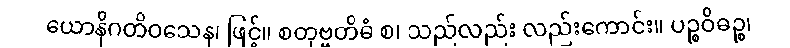
ယောနိဂတိဝသေန၊ ဖြင့်။ စတုဗ္ဗတိဓံ စ၊ သည်လည်း လည်းကောင်း။ ပဉ္စဝိဓဉ္စ၊